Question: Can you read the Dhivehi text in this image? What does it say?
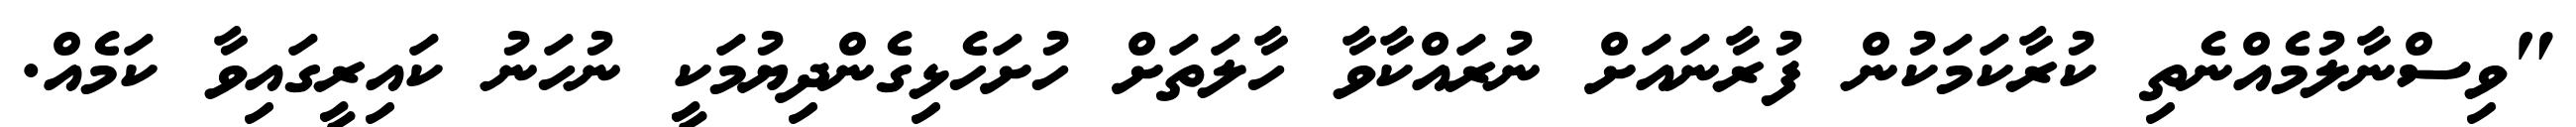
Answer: "ވިސްނާލުމެއްނެތި ކުރާކަމަކުން ފުރާނައަށް ނުރައްކާވާ ހާލަތަށް ހުށަހެޅިގެންދިޔުމަކީ ނުހަނު ކައިރީގައިވާ ކަމެއް.